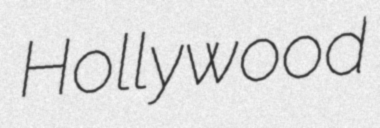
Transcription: Hollywood